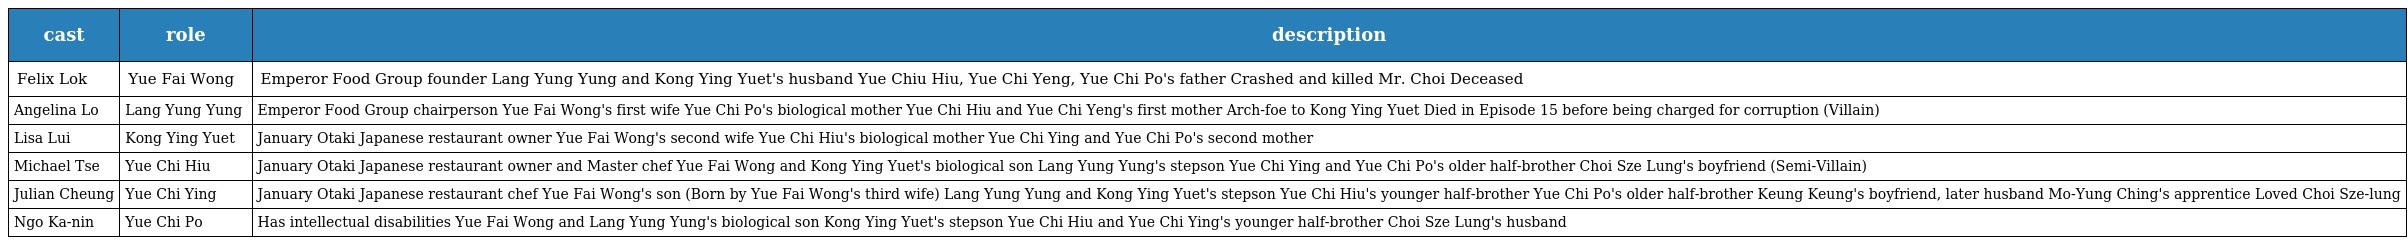
| cast | role | description |
 | --- | --- | --- |
 | Felix Lok | Yue Fai Wong 魚輝煌 | Emperor Food Group founder Lang Yung Yung and Kong Ying Yuet's husband Yue Chiu Hiu, Yue Chi Yeng, Yue Chi Po's father Crashed and killed Mr. Choi Deceased |
 | Angelina Lo | Lang Yung Yung 冷雍容 | Emperor Food Group chairperson Yue Fai Wong's first wife Yue Chi Po's biological mother Yue Chi Hiu and Yue Chi Yeng's first mother Arch-foe to Kong Ying Yuet Died in Episode 15 before being charged for corruption (Villain) |
 | Lisa Lui | Kong Ying Yuet 江映月 | January Otaki Japanese restaurant owner Yue Fai Wong's second wife Yue Chi Hiu's biological mother Yue Chi Ying and Yue Chi Po's second mother |
 | Michael Tse | Yue Chi Hiu 魚至囂 | January Otaki Japanese restaurant owner and Master chef Yue Fai Wong and Kong Ying Yuet's biological son Lang Yung Yung's stepson Yue Chi Ying and Yue Chi Po's older half-brother Choi Sze Lung's boyfriend (Semi-Villain) |
 | Julian Cheung | Yue Chi Ying 魚至贏 | January Otaki Japanese restaurant chef Yue Fai Wong's son (Born by Yue Fai Wong's third wife) Lang Yung Yung and Kong Ying Yuet's stepson Yue Chi Hiu's younger half-brother Yue Chi Po's older half-brother Keung Keung's boyfriend, later husband Mo-Yung Ching's apprentice Loved Choi Sze-lung |
 | Ngo Ka-nin | Yue Chi Po 魚至寶 | Has intellectual disabilities Yue Fai Wong and Lang Yung Yung's biological son Kong Ying Yuet's stepson Yue Chi Hiu and Yue Chi Ying's younger half-brother Choi Sze Lung's husband |